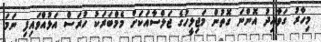
މިހާރު ގަވާއިދު އޮންނަ ގޮތުން މަޖިލީހުގެ ޖަލްސާއަކަށް މެމްބަރަކު ހުރަސް އަޅުއްވައިފި ނަމަ